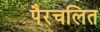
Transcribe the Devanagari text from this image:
पैरचलित